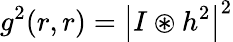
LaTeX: g^{2}(r,r)=\left|I\circledast h^{2}\right|^{2}